Scottish Leaving Certificate Examination, 1954
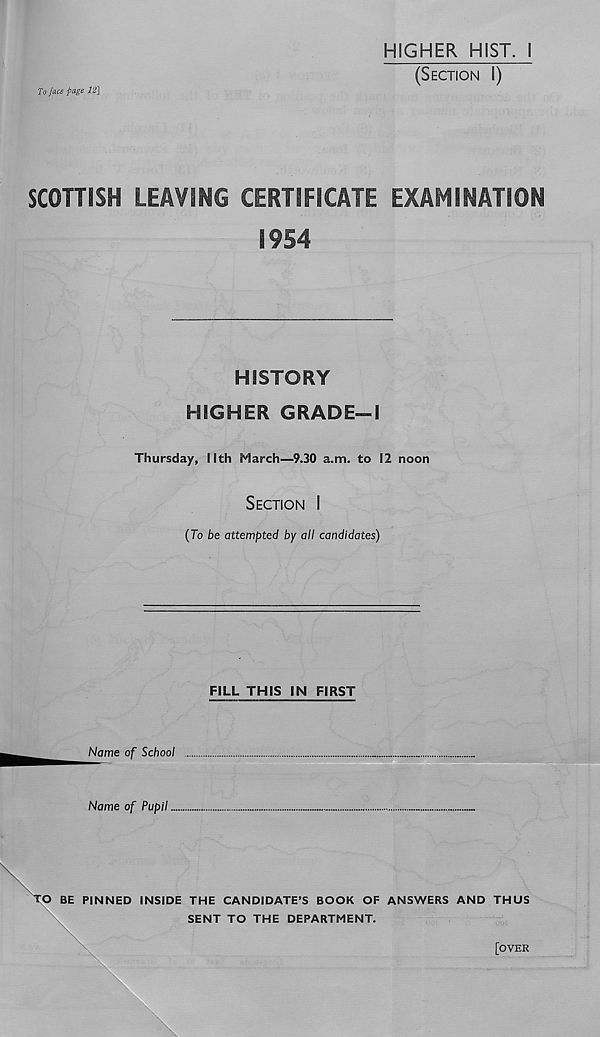
HIGHER HIST. I
(SECTION I)
To face page 12]
SCOHISH LEAVING CERTIFICATE EXAMINATION
1954
HISTORY
HIGHER GRADE-1
Thursday, llth March—9.30 a.m. to 12 noon
SECTION i
(To be attempted by all candidates)
FILL THIS IN FIRST
Name of School
Name of Pupil.
O BE PINNED INSIDE THE CANDIDATE’S BOOK OF ANSWERS AND THUS
SENT TO THE DEPARTMENT.
[OVER